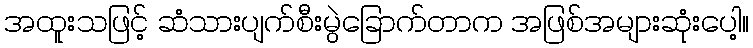
အထူးသဖြင့် ဆံသားပျက်စီးမွဲခြောက်တာက အဖြစ်အများဆုံးပေါ့။